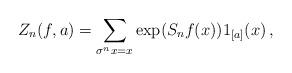
LaTeX: \begin{align*}Z_n(f,a) = \sum_{\sigma^n x = x} \exp(S_n f(x)) 1_{[a]}(x) \,,\end{align*}